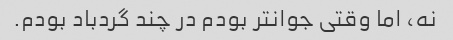
نه، اما وقتی جوانتر بودم در چند گردباد بودم.